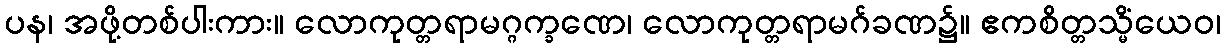
ပန၊ အဖို့တစ်ပါးကား။ လောကုတ္တရာမဂ္ဂက္ခဏေ၊ လောကုတ္တရာမဂ်ခဏ၌။ ဧကစိတ္တသ္မိံယေဝ၊